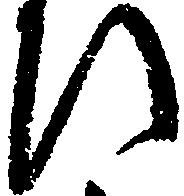
ひ